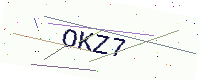
Text: OKZ7